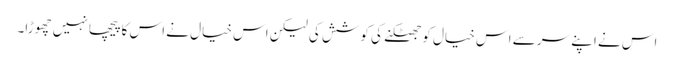
اس نے اپنے سر سے اس خیال کو جھٹکنے کی کوشش کی لیکن اس خیال نے اس کا پیچھا نہیں چھوڑا۔